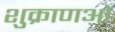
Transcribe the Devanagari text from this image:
शुक्राणओं